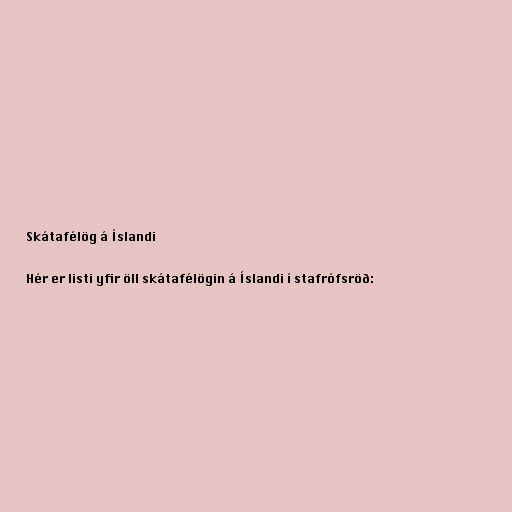
Skátafélög á Íslandi

Hér er listi yfir öll skátafélögin á Íslandi í stafrófsröð: